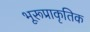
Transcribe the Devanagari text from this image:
भूरूप्राकृतिक